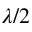
\lambda / 2